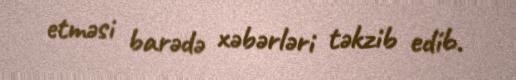
etməsi barədə xəbərləri təkzib edib.